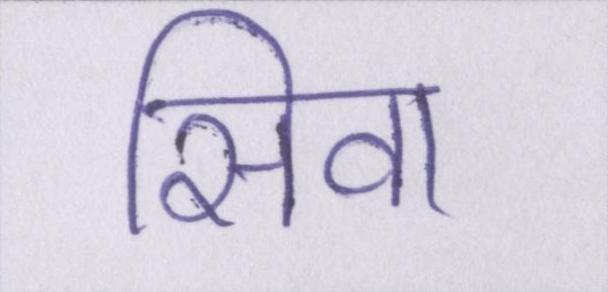
सिवा